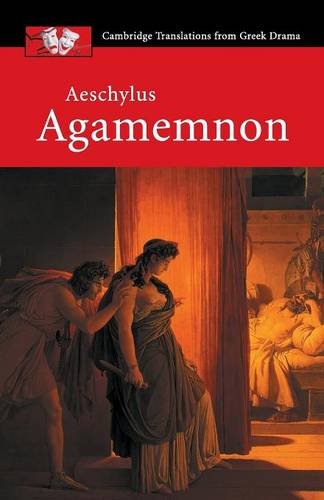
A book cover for Aeschylus: Agamemnon (Cambridge Translations from Greek Drama); Aeschylus; Literature & Fiction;